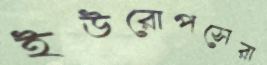
ইউরোপসেরা